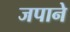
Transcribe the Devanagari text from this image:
जपाने